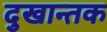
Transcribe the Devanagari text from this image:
दुखान्तक